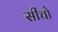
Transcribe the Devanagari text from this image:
सीचो